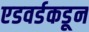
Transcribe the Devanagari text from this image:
एडवर्डकडून